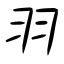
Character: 羽